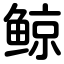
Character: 鲸